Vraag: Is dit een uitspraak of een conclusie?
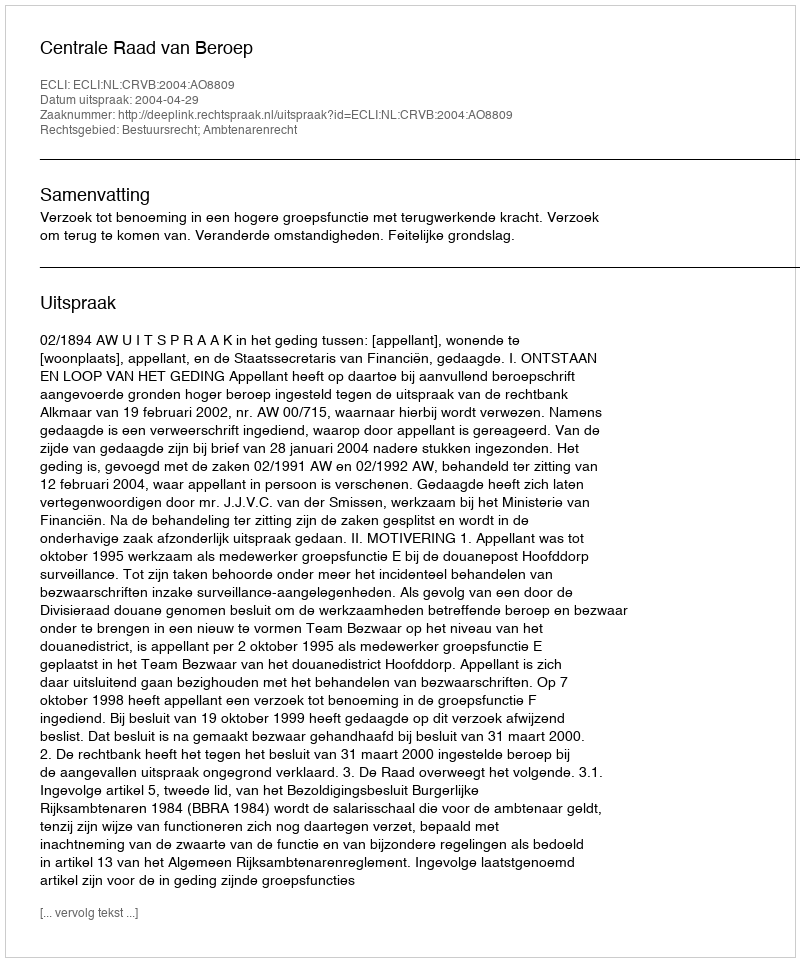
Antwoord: Uitspraak